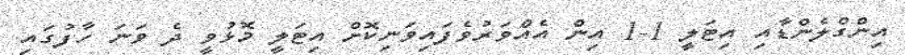
އިންގްލެންޑާއި އިޓަލީ 1-1 އިން އެއްވަރުވެފައިވަނިކޮށް އިޓަލީ މޮޅުވީ ދެ ވަނަ ހާފުގައި